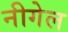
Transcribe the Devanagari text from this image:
नीगेल